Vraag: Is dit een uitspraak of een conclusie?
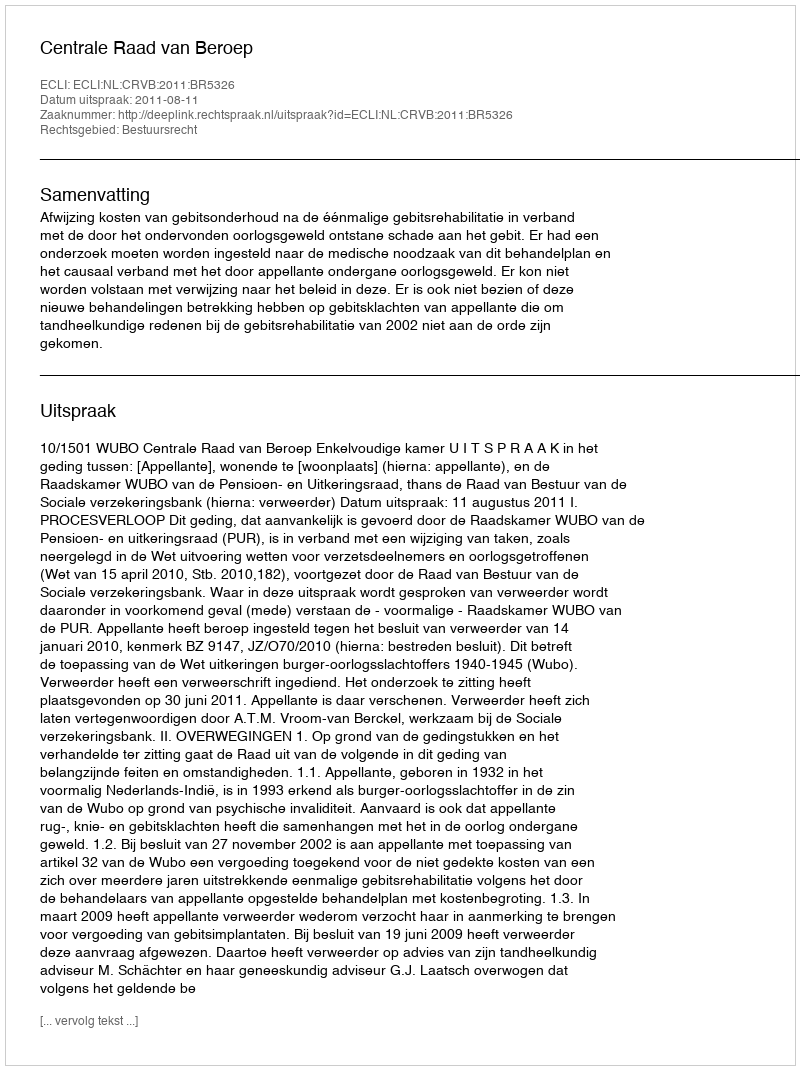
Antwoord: Uitspraak